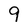
Character: 9